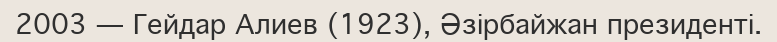
2003 — Гейдар Алиев (1923), Әзірбайжан президенті.